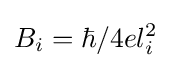
{B_{i}=\hbar /4el_{i}^{2}}